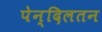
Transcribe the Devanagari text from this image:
पेन्दिलतन